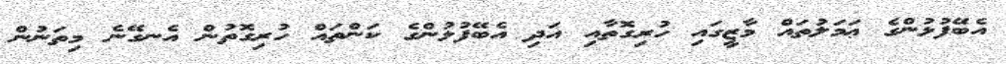
އެބޭފުޅުންގެ ޢަމަލުތައް މާޒީގައި ހުރިގޮތާއި އަދި އެބޭފުޅުންގެ ކަންތައް ހުރިގޮތުން އެނގޭނެ މިތަނުން